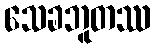
သေခဘူတဿ